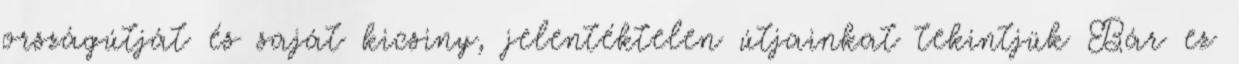
országútját és saját kicsiny, jelentéktelen útjainkat tekintjük Bár ez